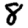
Digit: 8